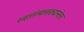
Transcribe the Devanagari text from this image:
स्वातंत्र्यलढ्यानंतर